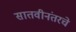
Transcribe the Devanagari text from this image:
सातवीनंतरचे